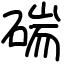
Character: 𥔗